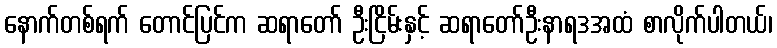
နောက်တစ်ရက် တောင်ပြင်က ဆရာတော် ဦးငြိမ်းနှင့် ဆရာတော်ဦးနာရဒအထံ စာလိုက်ပါတယ်၊